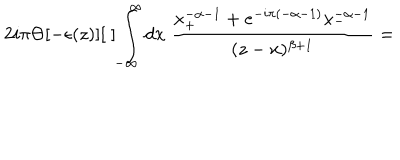
LaTeX: 2 i \pi \Theta [ - \epsilon ( z ) ] [ \; ] \int _ { - \infty } ^ { \infty } d x \; \frac { x _ { + } ^ { - \alpha - 1 } + e ^ { - i \pi ( - \alpha - 1 ) } x _ { - } ^ { - \alpha - 1 } } { ( z - x ) ^ { \beta + 1 } } =